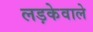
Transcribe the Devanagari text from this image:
लड़केवाले